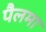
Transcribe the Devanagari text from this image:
पैलमा